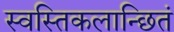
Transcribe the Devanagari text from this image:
स्वस्तिकलान्छितं